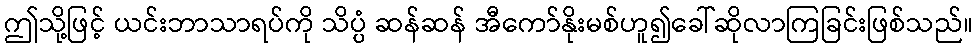
ဤသို့ဖြင့် ယင်းဘာသာရပ်ကို သိပ္ပံ ဆန်ဆန် အီကော်နိုးမစ်ဟူ၍ခေါ်ဆိုလာကြခြင်းဖြစ်သည်။